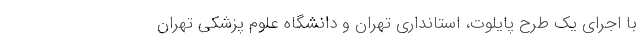
با اجرای یک طرح پایلوت، استانداری تهران و دانشگاه علوم پزشکی تهران